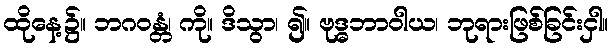
ထိုနေ့၌။ ဘဂဝန္တံ၊ ကို။ ဒိသွာ၊ ၍။ ဗုဒ္ဓဘာဝါယ၊ ဘုရားဖြစ်ခြင်းငှါ။